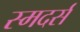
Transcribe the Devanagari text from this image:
स्मदर्स